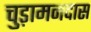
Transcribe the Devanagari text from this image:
चुड़ामनदास